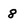
Character: 8